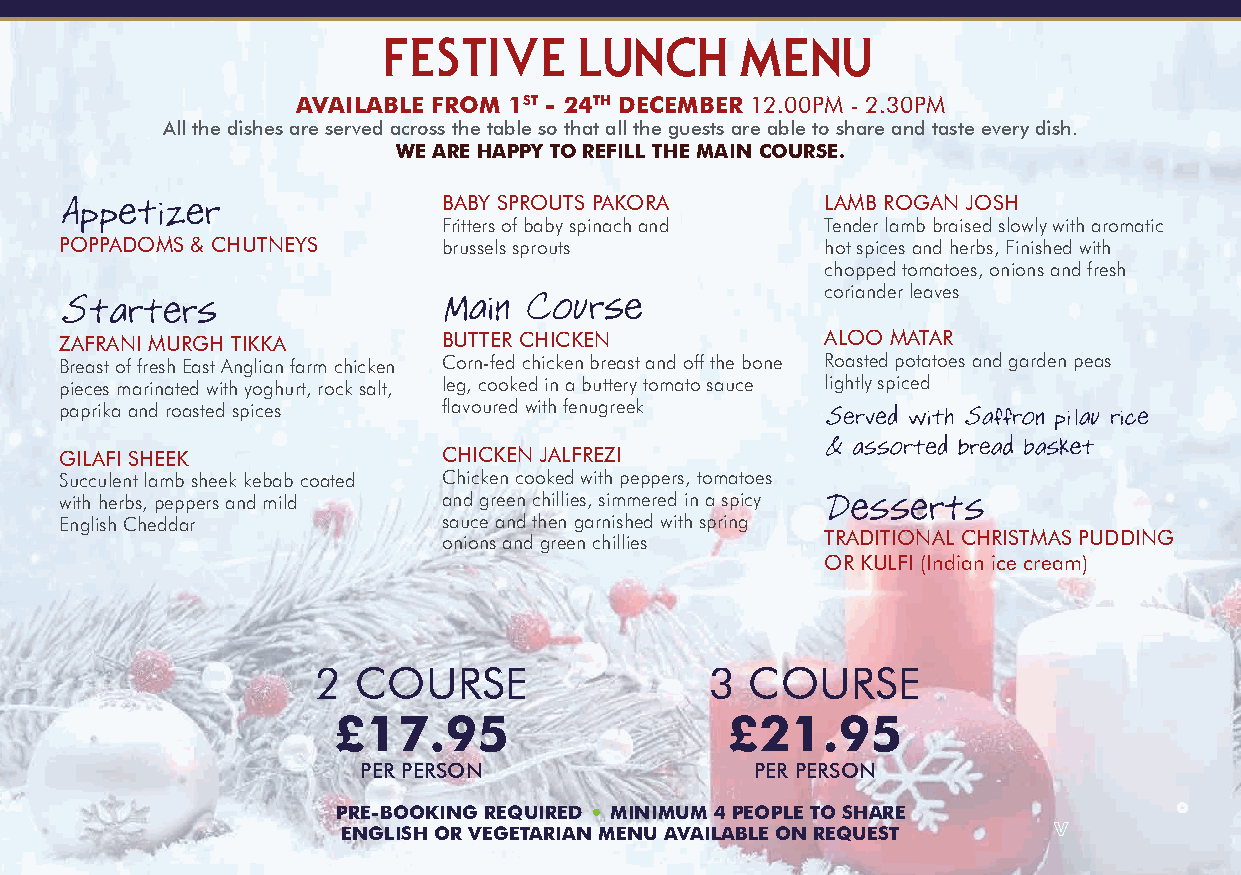
FESTIVE      LUNCH      MENU
 AVAILABLE FROM 1ST - 24TH DECEMBER 12.00PM - 2.30PM
 All the dishes are served across the table so that all the guests are able to share and taste every dish.
 WE ARE HAPPY TO REFILL THE MAIN COURSE.
 BABY SPROUTS PAKORA       LAMB ROGAN JOSH
 Fritters of baby spinach and Tender lamb braised slowly with aromatic
 POPPADOMS & CHUTNEYS     brussels sprouts          hot spices and herbs, Finished with
 chopped tomatoes, onions and fresh
 coriander leaves
 ZAFRANI MURGH TIKKA      BUTTER CHICKEN            ALOO MATAR
 Breast of fresh East Anglian farm chicken Corn-fed chicken breast and off the bone Roasted potatoes and garden peas
 pieces marinated with yoghurt, rock salt, leg, cooked in a buttery tomato sauce lightly spiced
 paprika and roasted spices flavoured with fenugreek
 GILAFI SHEEK             CHICKEN JALFREZI
 Succulent lamb sheek kebab coated Chicken cooked with peppers, tomatoes
 with herbs, peppers and mild and green chillies, simmered in a spicy
 English Cheddar          sauce and then garnished with spring
 onions and green chillies TRADITIONAL CHRISTMAS PUDDING
 OR KULFI (Indian ice cream)
 2 COURSE                  3  COURSE
 £17.95                    £21.95
 PER PERSON                PER PERSON
 PRE-BOOKING REQUIRED MINIMUM 4 PEOPLE TO SHARE
 ENGLISH OR VEGETARIAN MENU AVAILABLE ON REQUEST